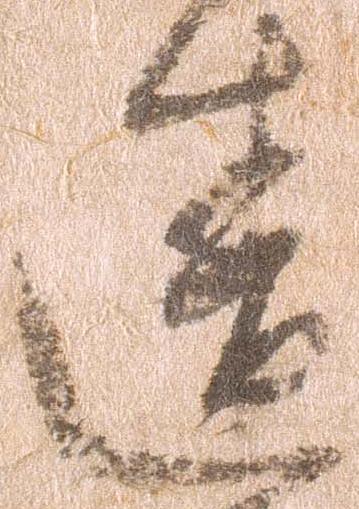
違